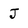
Character: J